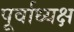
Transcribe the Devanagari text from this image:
पूर्वाध्यक्ष